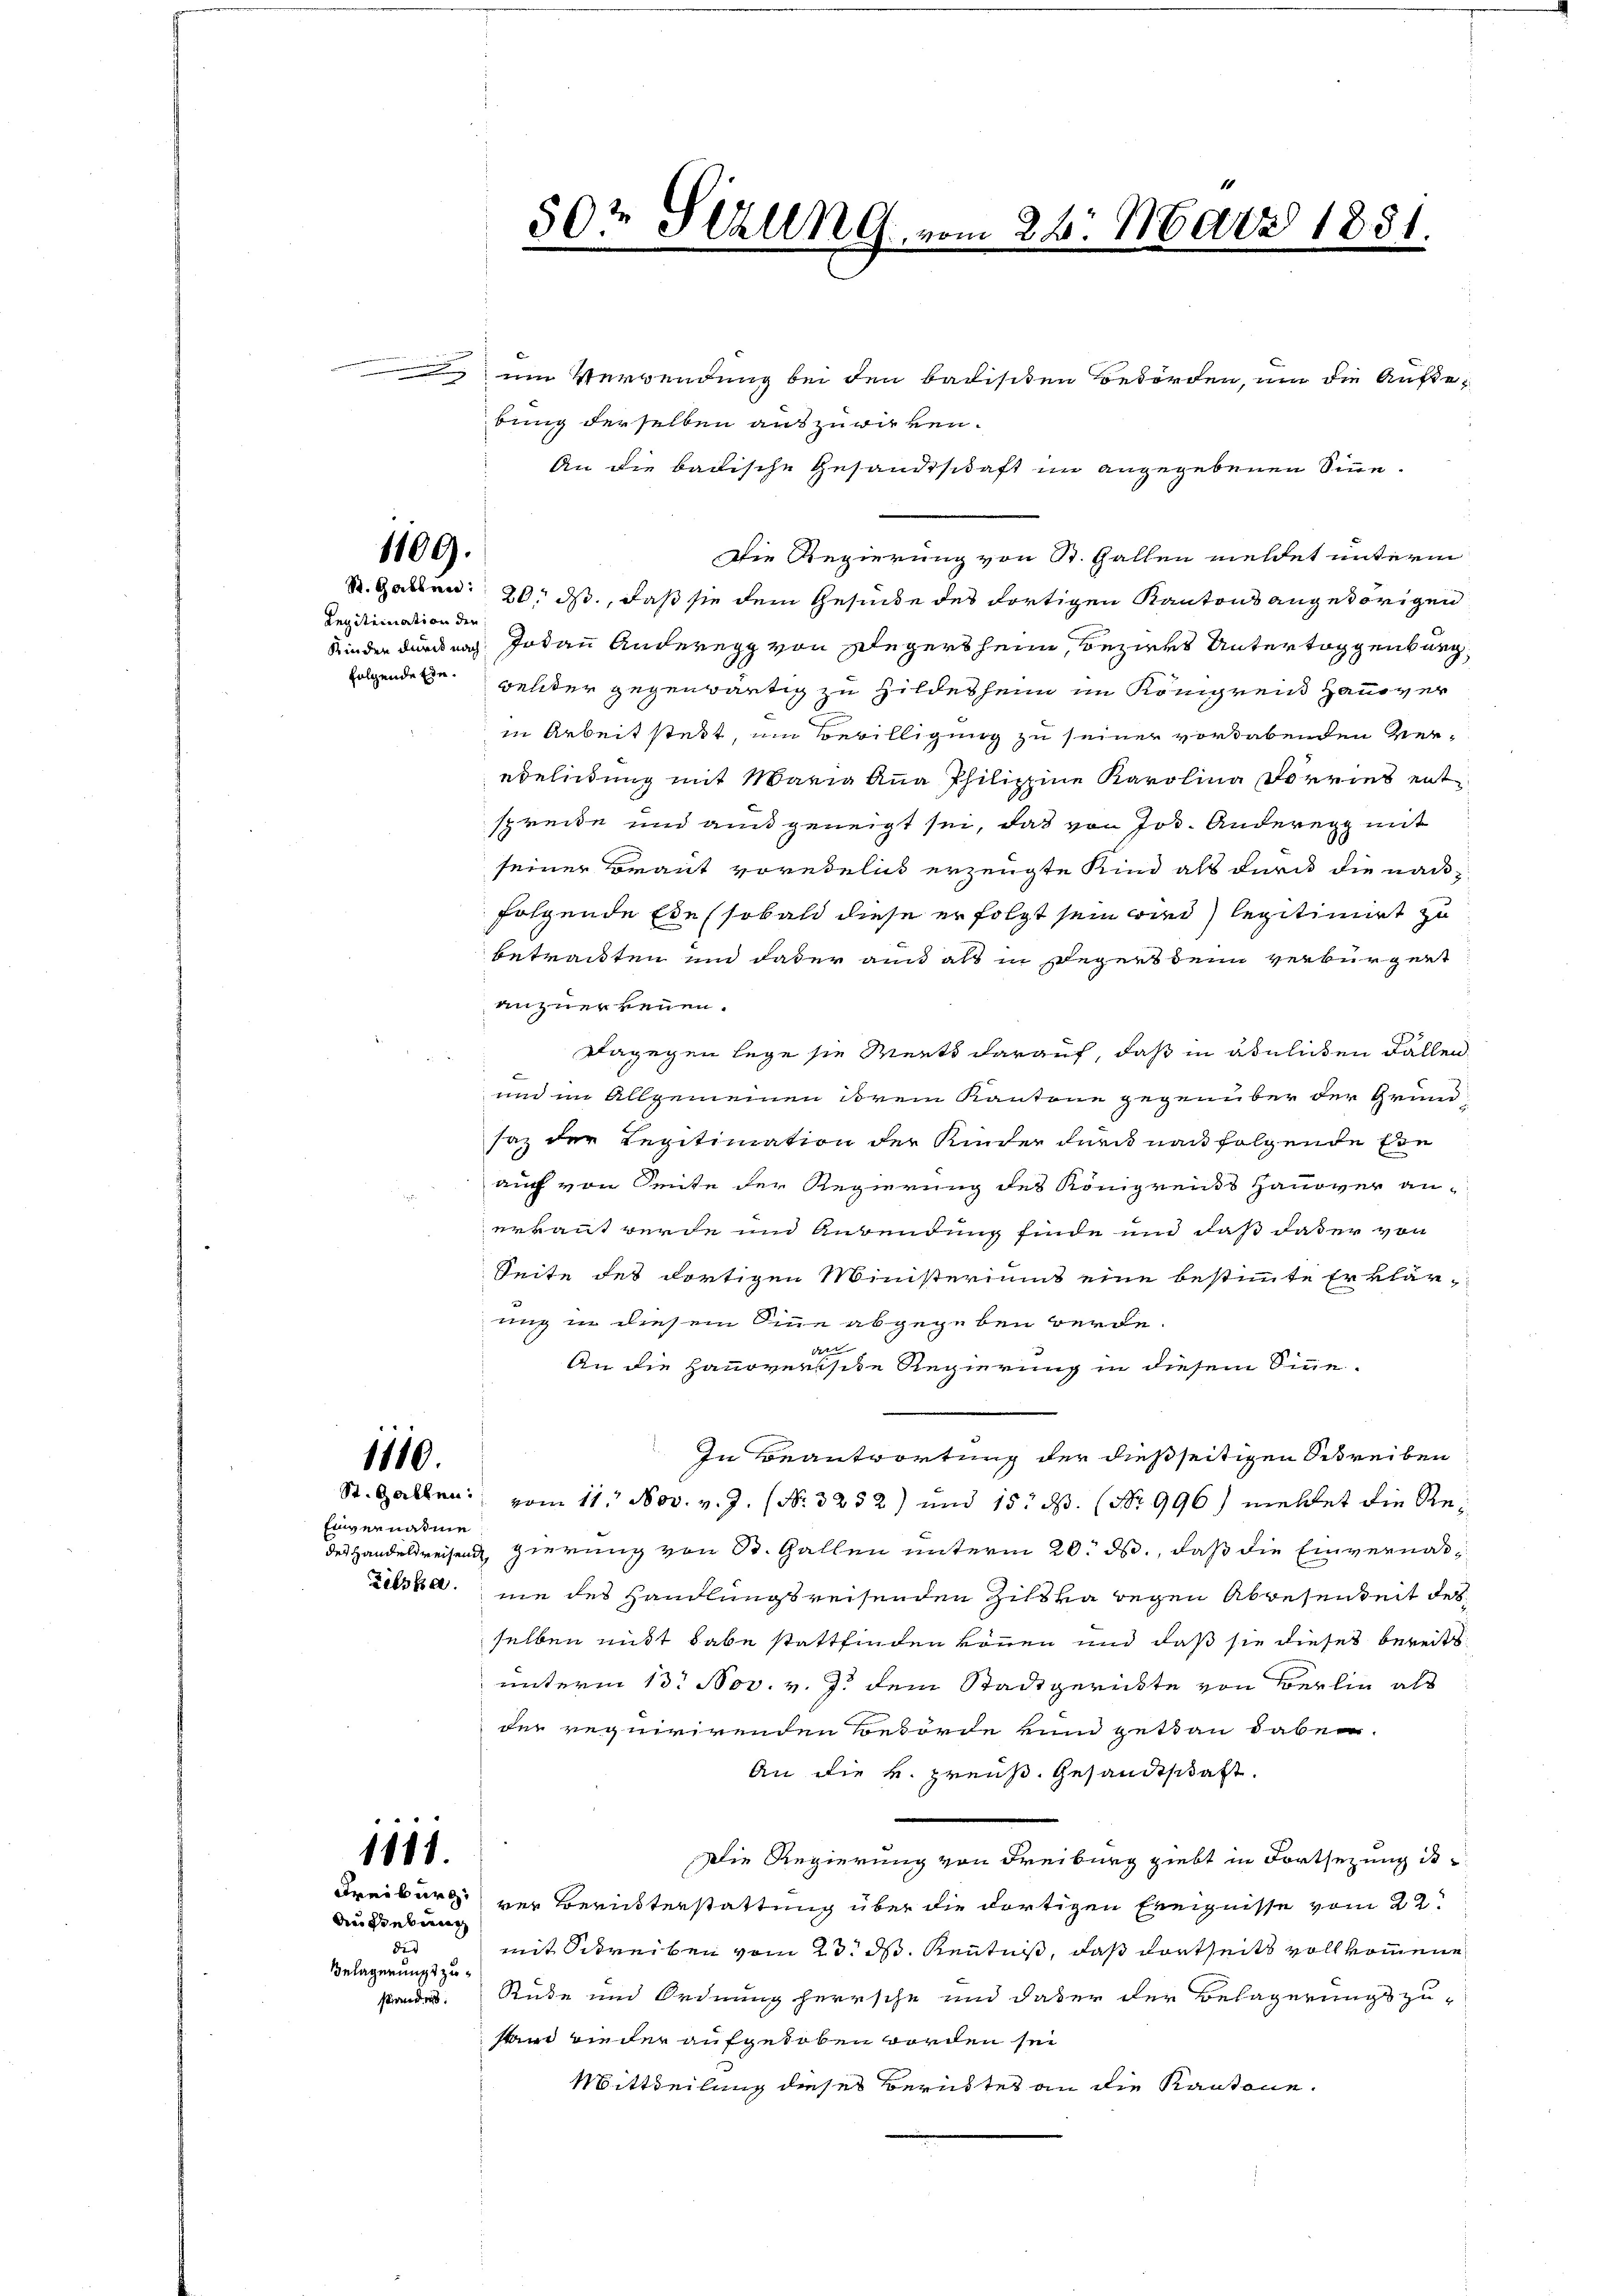
1109.

Legitimation der

50½ Stzung vom 26. März 1881.

; um Verwendung bei den badischen Bedörden, um die Auße-
bung derselben auszuwirken.
An die badische Gesandtschaft im angegebenen Sinn¬
Die Regierung von St. Gallen vieldet unterm
St. Gatten: 20. ds., daß sie dem Gesinde des dortigen Kantons angedörigen
Kinder durch nach Jodann Anderegg von Begersheim, Bezirks Untertoggenburg,
folgendete Geliter gegenwärtig zu Hildet heim im Königrens Hausver
in Arbeit steht, um Bewilligung zu seiner vorabenden Verebeleitung mit Maria Anna Philippine Karolina Dorries entspreide und aus geneigt sei, das von Jos. Anderegg mit
seiner Braut vorehelich erzeugte Kind als durch die nach
folgende Edelsobald diese er folgt sein wird legitimirt zu
betracten und daßer and als in Begers denn verbürgert
anzuerkennen.
dagegen lege sie Werts darauf, daß in ähnlichen Fallen
und im Allgemeinen ihrem Kantone gegenüber der Grundsaz der Regitimation der Kinder durch nach folgende Eie
auch von Seite der Regierung des Königrens Hanover an-
erkannt werde und Anwendung finde und daß das er von
Seite des dortigen Ministeriums eine bestimmte Erklär-
ung in diesem Sinne abgegeben werde.
der
An die Hausrentsche Regierung in diesem Sinne-
In Beantwortung der dießseitigen Schreiben
1110.
St. Gallen vom 11. Nov. v. J. (Nr. 3252) und 15. d. (Nr. 996 meldet die Re¬
Einvernahme
des Handelsreisend gierung von St. Gallen unterm 20. ds., daß die Einvernah¬
Zisbar nie des Handlungsreisenden Ziska wegen Abbesamkeit des
selben mit habe stattfinden können und daß sie dieses bereits
unterm 13. Nov. v. J. dem Stadtgerichte von Berlin als
der requirirenden Behörde von gethan dabei.
An die k. preuß. Gesandtschaft.
1818.
Die Regierung von Freiburg zielt in Fortsezung is
Freiburg ver Beruhterstattung über die dortigen Ereignisse vom 22.
Ausiebung
5
mit Schreiben vom 23. ds. Kenntniß, daß dortseits vollkommene
Belagerungszustandes. Rüde und Ordnung herrsche und daber der Belagerungszu-
stand wieder aufgehoben worden sei
Mittheilung dieses Berichtes an die Kantone.